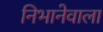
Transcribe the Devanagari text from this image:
निभानेवाला